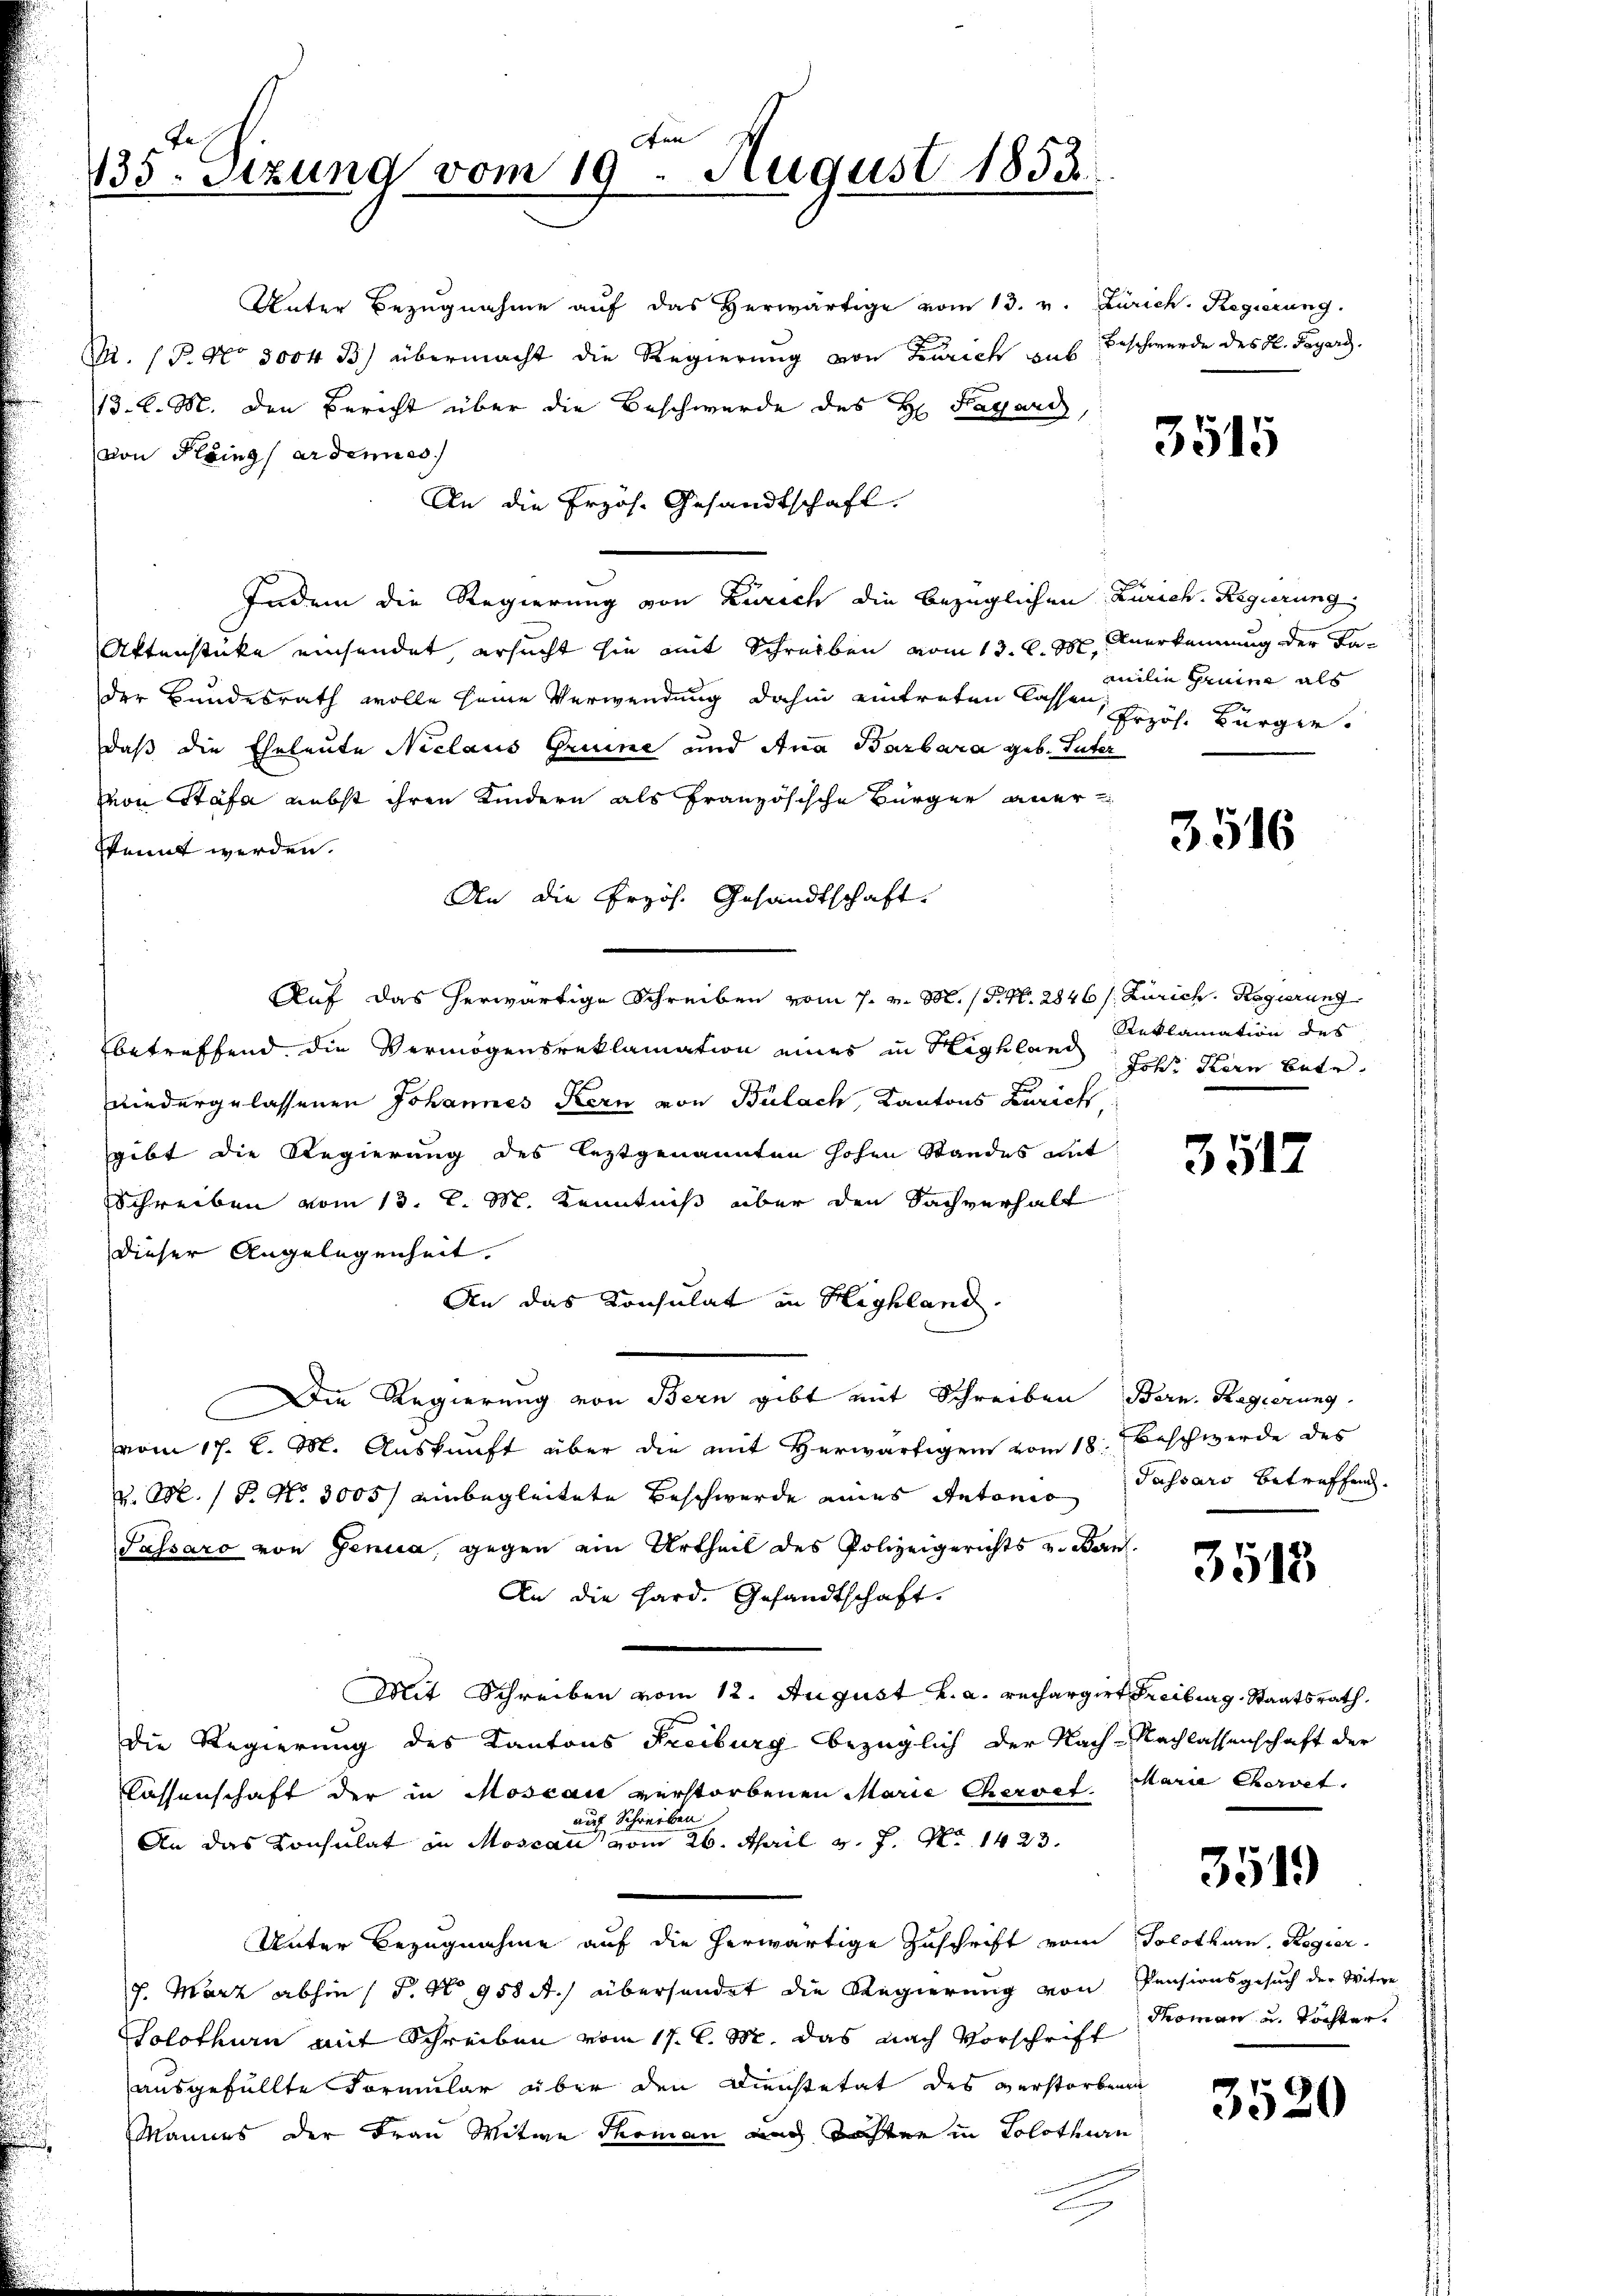
ten |
Je
1135. Stzung vom 19. August 1853.

Unter Bezugnahme aŭf das herwärtige vom 13. v. Zürich. Regierung
R. P. No 3004 B) übermacht die Regierung von Zürich aus Beschwerde des H. Payer.
d. d. M. den Bericht über die Beschwerde des H. Hagaris,
von Plaingardenies
An die Erzös. Gesandtschaft.
Indem die Regierung von Zürich die bezüglichen Zürich. Regierung
Aktenstücke einsendet, ersucht sie mit Schreiben vom 13. d. M. Anerkennung der Fader Bundesrath wolle seine Verwendung dahin eintreten lassen, Erzös. Bürger.
daß die Eheleute Niclaus Gruine und Ana Barbara geb. Inter
von Stäfa nebst ihren Kindern als französische Bürger aner
skennt werden.
An die Erzös. Gesandtschaft.
Auf das herwärtige Schreiben vom 7. v. M. (T. N. 2846 s. Zürich. Regierung
betreffend die Vermögensreklamation eines in Highland Reklamation des
wiedergelassenen Johannes Kern von Bülach, Kantons Zürich
gibt die Regierung des leztgenannten hohen Standes mit
Schreiben vom 13. l. M. Kenntniß über den Sachverhalt
dieser Angelegenheit.
An das Konsulat in Highland.
Die Regierung von Bern gibt mit Schreiben Bern. Regierung
vom 17. d. M. Auskunft über die mit herwärtigen vom 18. Beschwerde des
v. M. P. Nr. 3005/ einbegleitete Beschwerde eines Antonio Passars betreffend
Passaro von Genua, gegen ein Urtheil des Polizeigerichts u. Ban
An die Hard. Gesandtschaft.
Mit Schreiben vom 12. August v. a. rechargirt Freiburg, Staatsrath
Die Regierung des Kantons Freiburg bezüglich der Nach-Nachlassenschaft der
lassenschaft der in Moscai verstorbenen Marie Chervet
auf Schreiben
An das Consulat in Moscan vom 26. April v. J. No 1423.
Unter Bezugnahme auf die herwärtige Zuschrift vom Solothurn. Regier
7. März abhin ( P. No 958 A.) übersendet die Regierung von Pensionsgesuch der Witwe
Solothurn mit Schreiben vom 17. d. M. das nach Vorschrift
ausgefüllte Formular über den Dienstetat des verstorbenen
Mannes der Frau Mitwe Thoman auch Tochten in Solothurn

3515

mmilie Heim als

3516

Joh. Kern betr.

3517

3513

Marie Chordet,

3519

Thoman u. Tochter.

3520